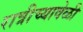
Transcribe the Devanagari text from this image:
रात्रीच्यावेळी